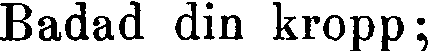
Badad din kropp;